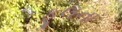
ફૂલના